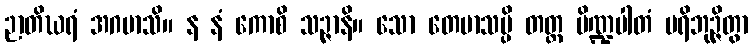
ဉာတိဃရံ အဂမာသိ။ န နံ ကောစိ သဉ္ဇာနိ။ သော တေမာသမ္ပိ တတ္ထ ပိဏ္ဍပါတံ ပရိဘုဉ္ဇိတွာ